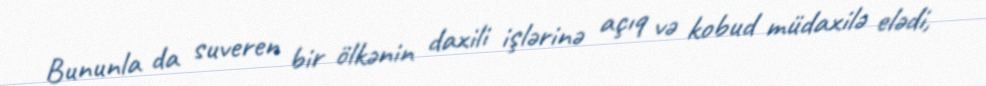
Bununla da suveren bir ölkənin daxili işlərinə açıq və kobud müdaxilə elədi,